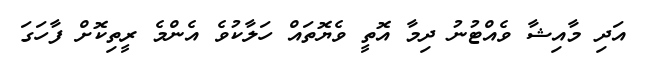
އަދި މާއިޝާ ވެއްޓުނު ދިމާ އޮތީ ވެޔޮތައް ހަލާކުވެ އެންމެ ރީތިކޮށް ފާހަގަ